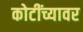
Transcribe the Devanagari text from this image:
कोटींच्यावर